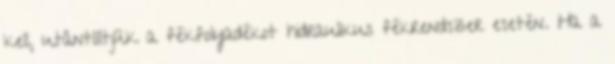
kell, utántöltjük a fékfolyadékot hidraulikus fékrendszer esetén. Ha a